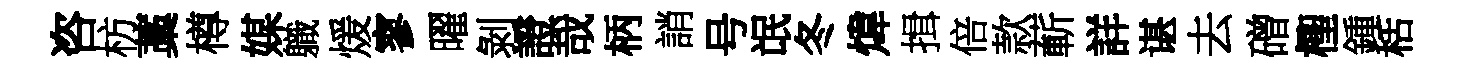
咨枋藁樽媒軄煖寥曜剝證哉柄誚号氓冬煒揖倍款蔪詳谌去磳檉鍾栝